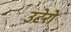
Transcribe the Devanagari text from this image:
उटेरो